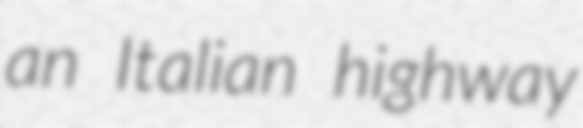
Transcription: an Italian highway